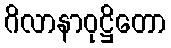
ဂိလာနာဝုဋ္ဌိတော